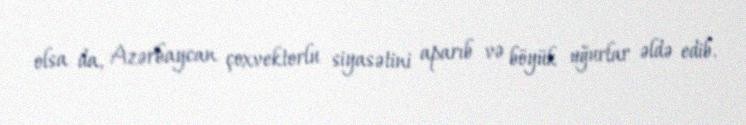
olsa da, Azərbaycan çoxvektorlu siyasətini aparıb və böyük uğurlar əldə edib.